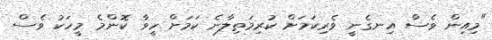
"މިއިން ވެސް އިނގެނީ ވެރިކަަމަށް ކުރިމަތިލާނެ ކަމަށް ހީވާ ކޮންމެ މީހަކު ވެސް